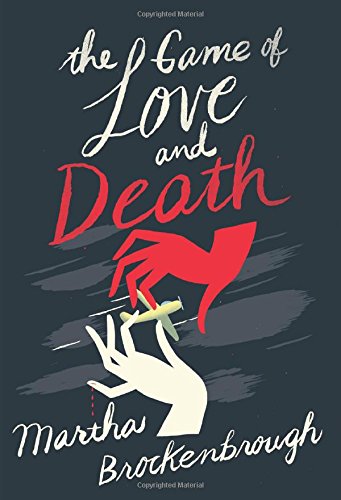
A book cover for The Game of Love and Death; Martha Brockenbrough; Teen & Young Adult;